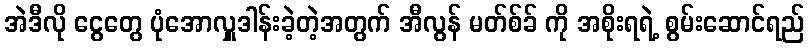
အဲဒီလို ငွေတွေ ပုံအောလှူဒါန်းခဲ့တဲ့အတွက် အီလွန် မတ်စ်ခ် ကို အစိုးရရဲ့ စွမ်းဆောင်ရည်